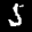
Label: 5